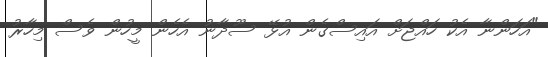
"އަހަންނާ އެކު ހައްޖަށް އައިސްގެން އުޅޭ ސޫދާނު އެހެން މީހުން ވެސް މިހާރު